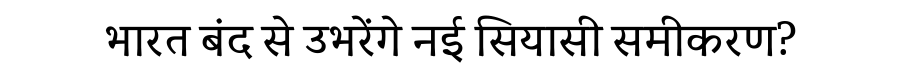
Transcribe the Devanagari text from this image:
भारत बंद से उभरेंगे नई सियासी समीकरण?